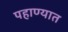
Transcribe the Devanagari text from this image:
पहाण्यात